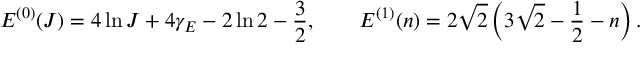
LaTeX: { \cal E } ^ { ( 0 ) } ( J ) = 4 \ln J + 4 \gamma _ { E } - 2 \ln 2 - \frac { 3 } { 2 } , \qquad { \cal E } ^ { ( 1 ) } ( n ) = 2 \sqrt { 2 } \left( 3 \sqrt { 2 } - \frac { 1 } { 2 } - n \right) .